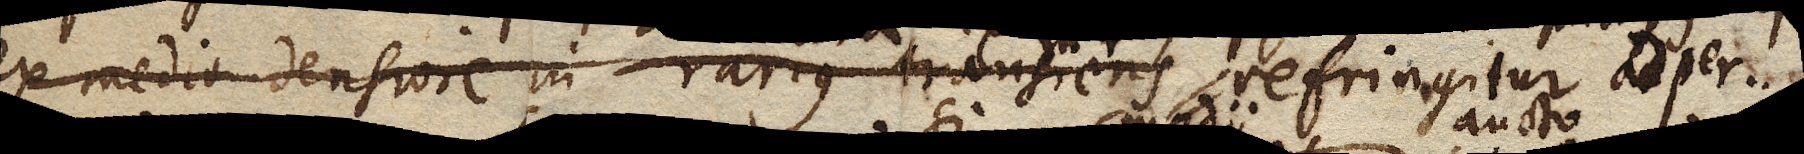
ex medio densiore in rarius transiens refringitur ad per–